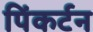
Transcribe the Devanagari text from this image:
पिंकर्टन